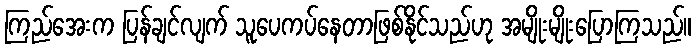
ကြည်အေးက ပြန်ချင်လျက် သူပေကပ်နေတာဖြစ်နိုင်သည်ဟု အမျိုးမျိုးပြောကြသည်။